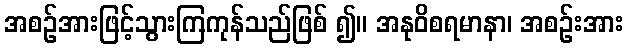
အစဉ်အားဖြင့်သွားကြကုန်သည်ဖြစ် ၍။ အနုဝိစရမာနာ၊ အစဉ်းအား